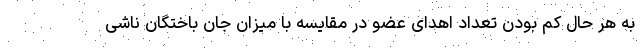
به هر حال کم بودن تعداد اهدای عضو در مقایسه با میزان جان باختگان ناشی